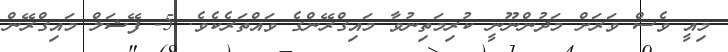
މިއީ ވެސް ވަރަށް މަދުންނޫނީ ކުރިމަތިނުވާ މައިގްރޭންގެ ވައްތަރެކެވެ. 5- ފޭޝަލް މައިގްރޭން